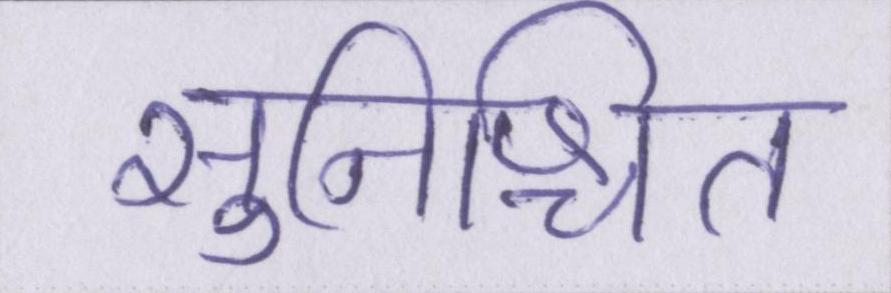
सुनिश्चित